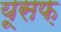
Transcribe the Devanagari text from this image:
यूसफ़